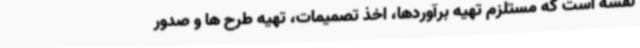
نقشه است که مستلزم تهیه برآوردها، اخذ تصمیمات، تهیه طرح ها و صدور